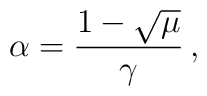
\alpha = \frac{1 - \sqrt{\mu}}{\gamma}\,,